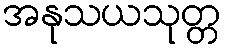
အနုသယသုတ္တ